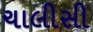
ચાલીસી